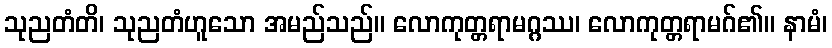
သုညတံတိ၊ သုညတံဟူသော အမည်သည်။ လောကုတ္တရာမဂ္ဂဿ၊ လောကုတ္တရာမဂ်၏။ နာမံ၊